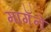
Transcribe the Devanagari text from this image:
मागँने